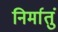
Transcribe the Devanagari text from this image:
निर्मातुं